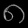
Digit: ၈